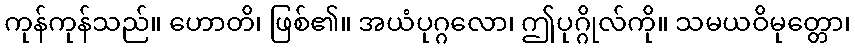
ကုန်ကုန်သည်။ ဟောတိ၊ ဖြစ်၏။ အယံပုဂ္ဂလော၊ ဤပုဂ္ဂိုလ်ကို။ သမယဝိမုတ္တော၊